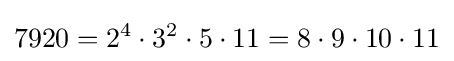
7920=2^{4}\cdot 3^{2}\cdot 5\cdot 11=8\cdot 9\cdot 10\cdot 11